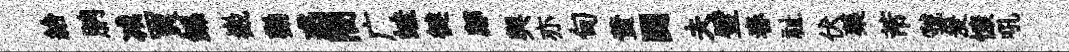
給朒减買鲧嶻勸惑闇广蛙徤鄜舆亦甸黄闘夫璧舂祉伏藥芾虢爰慷吼